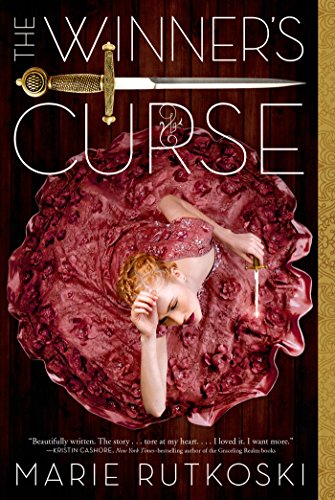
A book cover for The Winner's Curse (The Winner's Trilogy); Marie Rutkoski; Teen & Young Adult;